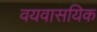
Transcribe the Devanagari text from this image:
वयवासयिक